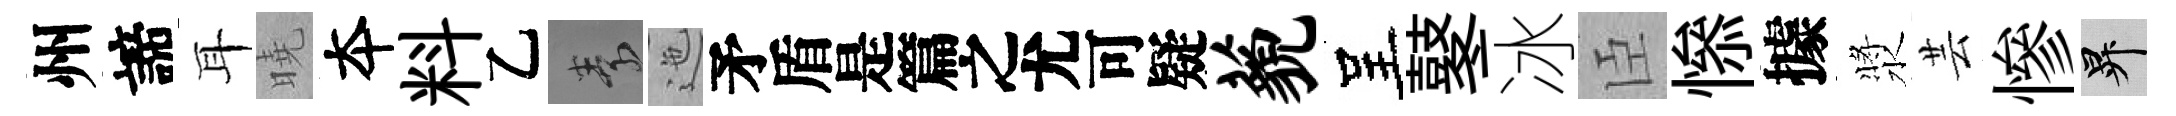
州諦耳曉夲料乙素迤待藐呈鼕冰臣𢡖據漿芸慘升